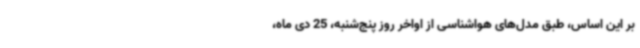
بر این اساس، طبق مدل‌های هواشناسی از اواخر روز پنج‌شنبه، 25 دی ماه،